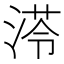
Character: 𱧔